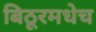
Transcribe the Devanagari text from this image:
बिठूरमधेच